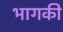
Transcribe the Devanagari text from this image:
भागकी